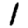
Digit: 1